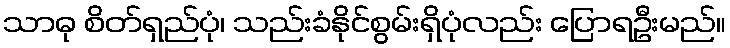
သာဓု စိတ်ရှည်ပုံ၊ သည်းခံနိုင်စွမ်းရှိပုံလည်း ပြောရဦးမည်။